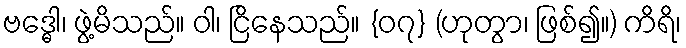
ဗဒ္ဓေါ၊ ဖွဲ့မိသည်။ ဝါ၊ ငြိနေသည်။ {၀၇} (ဟုတွာ၊ ဖြစ်၍။) ကိရိ၊